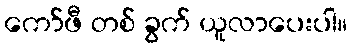
ကော်ဖီ တစ် ခွက် ယူလာပေးပါ။